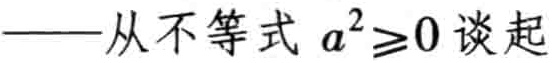
——从不等式 \(a^{2}\geq0\) 谈起